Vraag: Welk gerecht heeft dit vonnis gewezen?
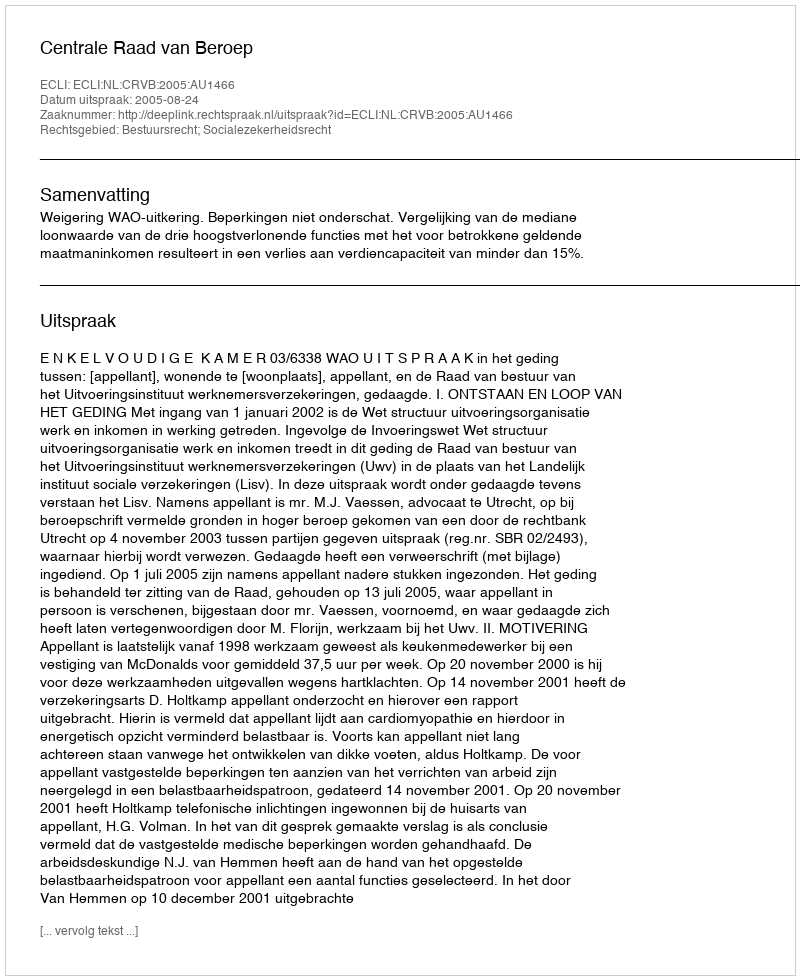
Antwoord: Centrale Raad van Beroep